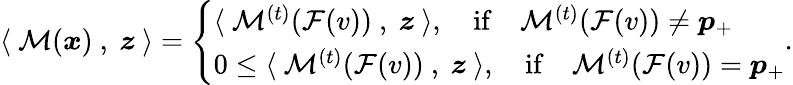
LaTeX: \langle~\mathcal{M}({\boldsymbol x})~,~{\boldsymbol z}~\rangle=\left\{ \begin{array}{ll}{\langle~\mathcal{M}^{(t)}(\mathcal{F}(v))~,~{\boldsymbol z}~\rangle,\quad\mathrm{if}\quad\mathcal{M}^{(t)}(\mathcal{F}(v))\neq{\boldsymbol p}_{+}}\\ {0\le\langle~\mathcal{M}^{(t)}(\mathcal{F}(v))~,~{\boldsymbol z}~\rangle,\quad\mathrm{if}\quad\mathcal{M}^{(t)}(\mathcal{F}(v))={\boldsymbol p}_{+}}\end{array}\right..